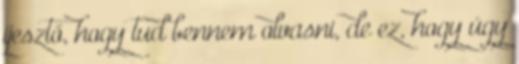
ijesztő, hogy tud bennem olvasni, de ez, hogy úgy